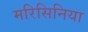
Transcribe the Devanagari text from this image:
मरिसिनिया